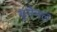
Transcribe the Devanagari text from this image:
यूगेनल